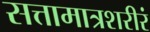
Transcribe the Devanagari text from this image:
सत्तामात्रशरीरं